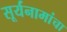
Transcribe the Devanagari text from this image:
सूर्यनामांचा